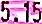
5.15